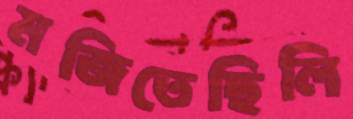
মজিতেছিলি